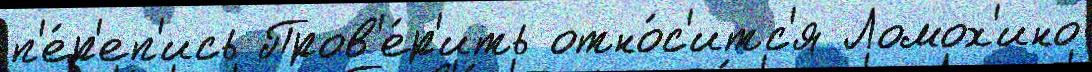
п'е́р'еп'ись Пров'е́р'ить отно́с'итс'я Ломох'ино